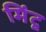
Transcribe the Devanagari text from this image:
मिंटू